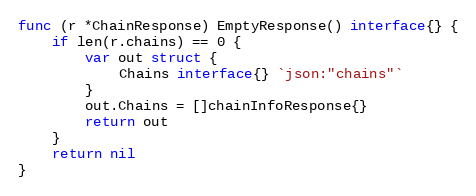
Language: Go
func (r *ChainResponse) EmptyResponse() interface{} {
	if len(r.chains) == 0 {
		var out struct {
			Chains interface{} `json:"chains"`
		}
		out.Chains = []chainInfoResponse{}
		return out
	}
	return nil
}